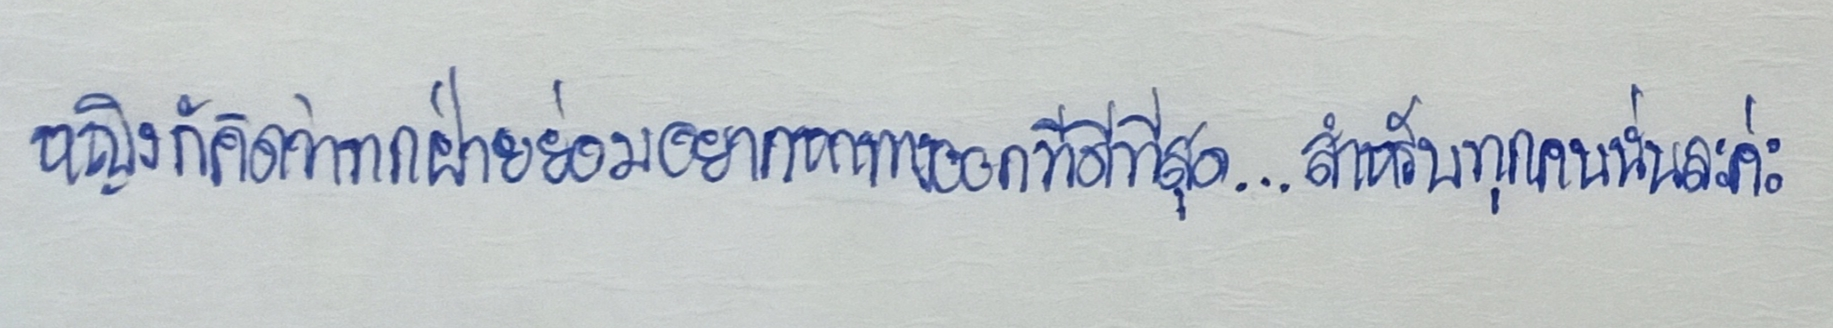
หญิงก็คิดว่าทุกฝ่ายย่อมอยากหาทางออกที่ดีที่สุด...สำหรับทุกคนนั่นละค่ะ"